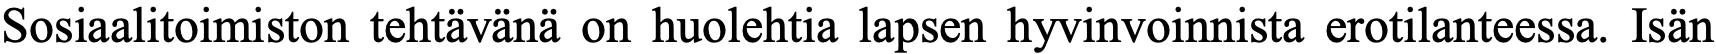
Sosiaalitoimiston tehtävänä on huolehtia lapsen hyvinvoinnista erotilanteessa. Isän